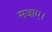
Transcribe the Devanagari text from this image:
सजाए।